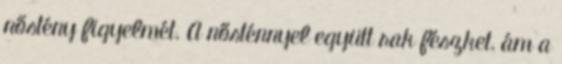
nőstény figyelmét. A nősténnyel együtt rak fészket, ám a